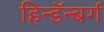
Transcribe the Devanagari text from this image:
हिन्डॅन्बर्ग